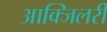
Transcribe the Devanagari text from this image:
आक्जिलरी